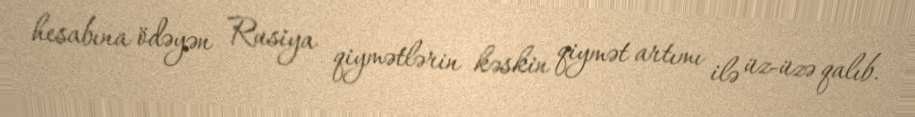
hesabına ödəyən Rusiya qiymətlərin kəskin qiymət artımı ilə üz-üzə qalıb.